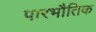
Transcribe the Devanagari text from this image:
पारभौतिक